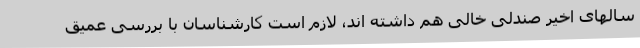
سالهای اخیر صندلی خالی هم داشته اند، لازم است کارشناسان با بررسی عمیق